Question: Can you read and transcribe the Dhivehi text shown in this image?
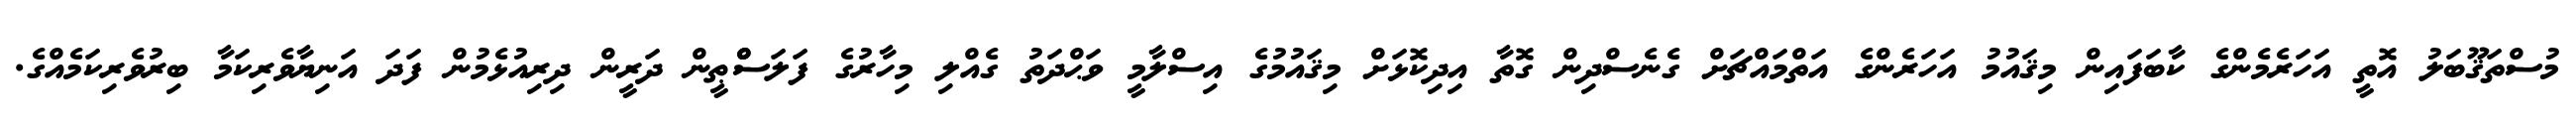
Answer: މުސްތަޤޫބަލު އޮތީ އަހަރެމެންގެ ކާބަފައިން މިޤައުމު އަހަރެންގެ އަތްމައްޗަށް ގެނެސްދިން ގޮތާ އިދިކޮޅަށް މިޤައުމުގެ އިސްލާމީ ވަޙްދަތު ގެއްލި މިހާރުގެ ފަލަސްްޠީން ދަރީން ދިރިއުޅެމުން ފަދަ އަނިޔާވެރިކަމާ ބިރުވެރިކަމެއްގެ.